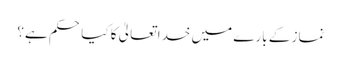
نماز کے بارے میں خدا تعالیٰ کا کیا حکم ہے؟